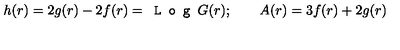
h ( r ) = 2 g ( r ) - 2 f ( r ) = \texttt { L o g } G ( r ) ; \qquad A ( r ) = 3 f ( r ) + 2 g ( r )